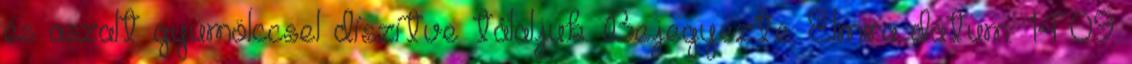
és aszalt gyümölccsel díszítve tálaljuk. Bejegyezte: Elmira dátum: 14:09